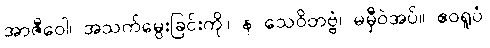
အာဇီဝေါ၊ အသက်မွေးခြင်းကို။ န သေဝိတဗ္ဗံ၊ မမှီဝဲအပ်။ ဧဝရူပံ၊